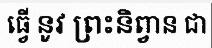
ធ្វើ នូវ ព្រះនិព្វាន ជា